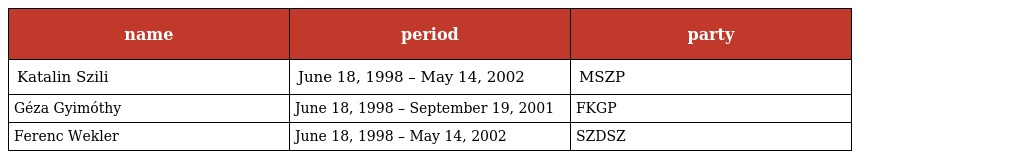
| name | period | party |
 | --- | --- | --- |
 | Katalin Szili | June 18, 1998 – May 14, 2002 | MSZP |
 | Géza Gyimóthy | June 18, 1998 – September 19, 2001 | FKGP |
 | Ferenc Wekler | June 18, 1998 – May 14, 2002 | SZDSZ |